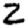
Digit: 2